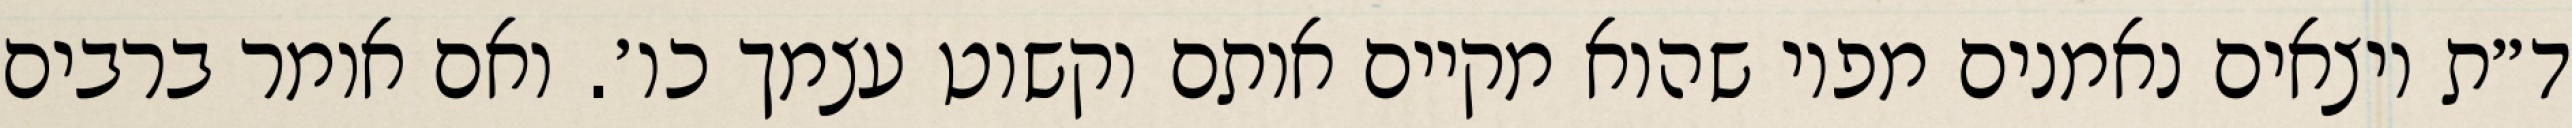
ד״ת יוצאים נאמנים מפיו שהוא מקיים אותם וקשוט עצמך כו׳. ואם אומר ברבים